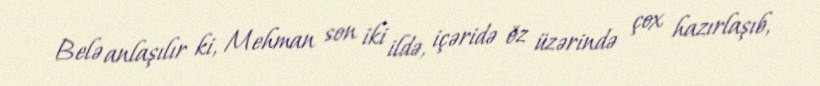
Belə anlaşılır ki, Mehman son iki ildə, içəridə öz üzərində çox hazırlaşıb,